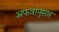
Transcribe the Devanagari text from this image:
अफवांनुसार